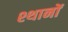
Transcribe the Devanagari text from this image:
श्थानों